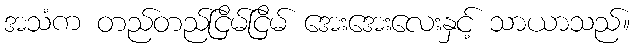
အသံက တည်တည်ငြိမ်ငြိမ် အေးအေးလေးနှင့် သာယာသည်။